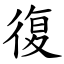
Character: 復